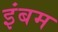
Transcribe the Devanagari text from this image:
इंबम